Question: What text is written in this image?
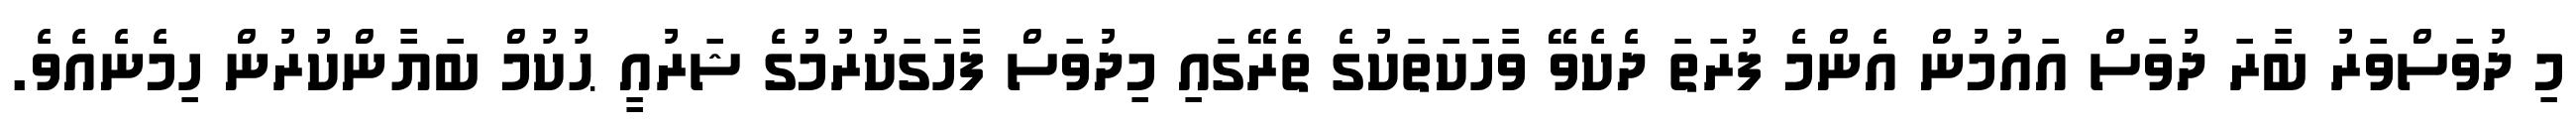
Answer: މި ދުވަސްވަރު ބާރަ ދުވަސް އައުމުން އެންމެ ފުރަތަ ދެކެވޭ ވާހަކަތަކުގެ ތެރޭގައި މިދުވަސް ފާހަގަކުރުމުގެ ޝަރުއީ ޙުކުމް ބަޔާންކުރުން ހިމެނެއެވެ.